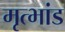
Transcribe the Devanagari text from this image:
मृत्भांड